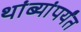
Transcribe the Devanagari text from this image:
थांब्यांपर्यंत